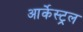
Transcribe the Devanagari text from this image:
आर्केस्ट्रल